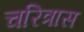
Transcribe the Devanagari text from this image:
चरित्रास